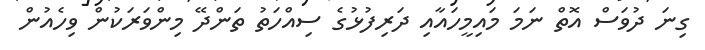
ގިނަ ދުވަސް އޮތް ނަމަ މައިމީހައާއި ދަރިފުޅުގެ ސިއްހަތު ތަންދޭ މިންވަރަކުން ވިހެއުން